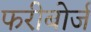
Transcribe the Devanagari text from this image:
फरीबोर्ज